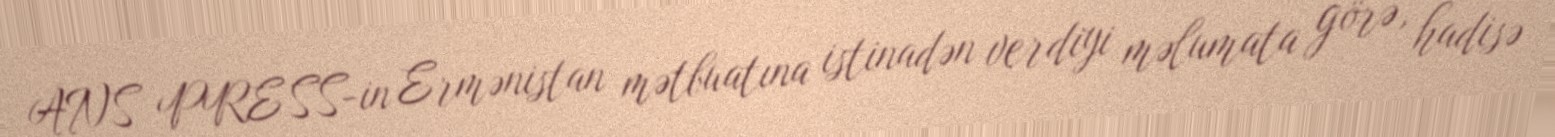
ANS PRESS-in Ermənistan mətbuatına istinadən verdiyi məlumata görə, hadisə